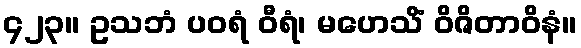
၄၂၃။ ဥသဘံ ပဝရံ ဝီရံ၊ မဟေသိံ ဝိဇိတာဝိနံ။